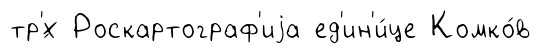
тр'́х Роскартограф'иjа ед'ин'и́це Комко́в